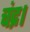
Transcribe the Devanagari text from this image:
चंद्र।